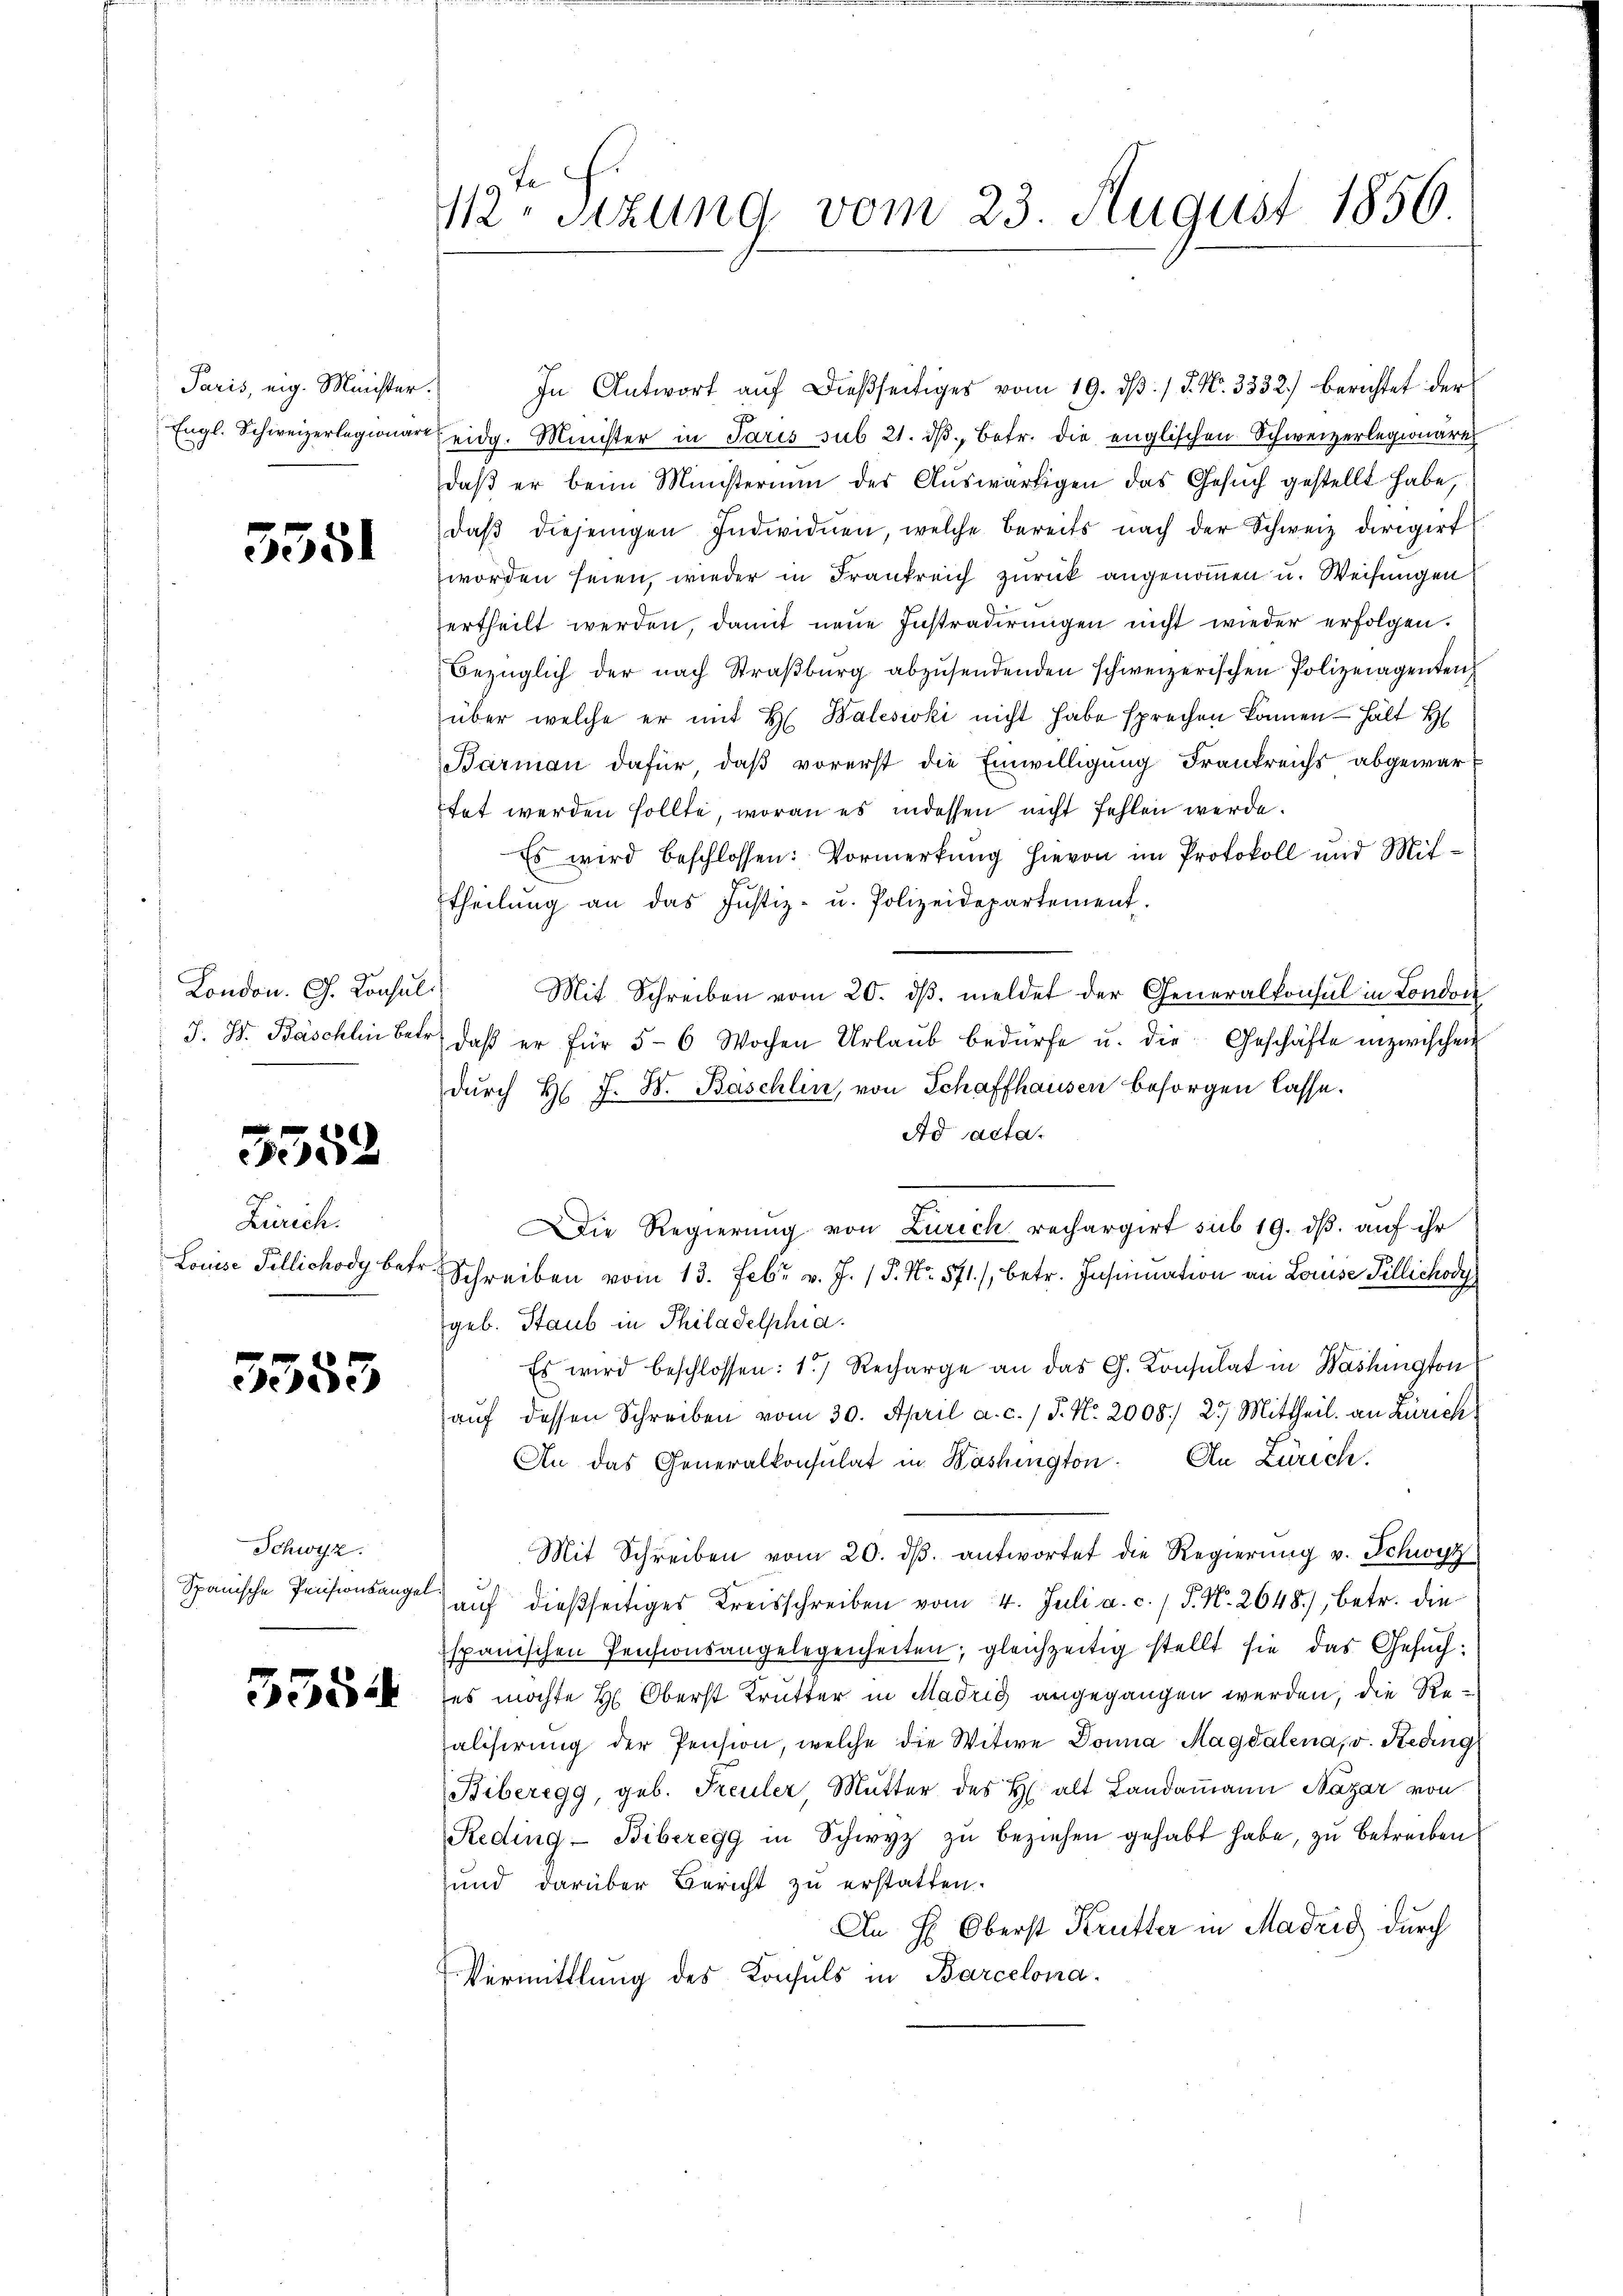
Paris, eig. Minister
Engl. Schweizerlegionare

5551

London. G. Konsul
J. H. Baschlin betr.

5552

Linrich.
Louise Tillichody betr.

3353

Schwyz.
Spanische Pensionsangel

358.

t
12. Sitzung vom 23. August 1856

In Antwort aŭf dießseitiges vom 19. dβ / 5. No. 3332) berichtet der
eidg. Minister in Paris sub 21. dβ betr. die englischen Schweizerlegionare
daβ er beim Ministerium des Aŭswärtigen das Gesŭch gestellt habe,
daβ diejenigen Individuen, welche bereits nach der Schweiz dirigirt
worden seien, wieder in Frankreich zurück angenommen u. Weisungen
ertheilt werden, damit neue Instradirungen nicht wieder erfolgen.
Bezüglich der nach Straßburg abzusendenden schweizerischen Polizeiagenten
über welche er mit H. Balesioki nicht habe sprechen können — hält H
Barman dafür, daß vorerst die Einwilligung Frankreichs abgewart
tet werden sollte, woran es indessen nicht fehlen werde.
Es wird beschlossen: Vormerkung hievon im Protokoll und Mittheilŭng an das Justiz- u. Polizeidepartement.
Mit Schreiben vom 20. dβ. meldet der Generalkonsul in London
daβ er für 5-6 Wochen Urlaŭb bedürfe u. die Geschäfte inzwischen
durch H. J. B. Baschlin, von Schaffhausen besorgen lasse.
Ad acta.
Die Regierung von Zürich rechargirt sub 19. dβ. auf ihr
Schreiben vom 13. Febr. v. J. P. Nr. 571./, betr. Insumation an Louise Tillichody
geb. Staub in Philadelphia
Es wird beschlossen: 1.) Recharge an das G. Konsulat in Washington
aŭf dessen Schreiben vom 30. April a. c. / P. Nr. 2008. 23. Mittheil an Zürich
An das Generalkonsulat in Washington. An Zürich.
Mit Schreiben vom 20. dβ antwortet die Regierung v. Schwyz
aŭf dießseitiges Kreisschreiben vom 4. Juli a. c. / P. N. 2648), betr. die
spanischen Pensionsangelegenheiten; gleichzeitig stellt sie das Gesuches möchte H. Oberst Trutter in Madrig angegangen werden, die Realisirung der Pension, welche die Witwe Donna Magdalena, v. Reding
Biberegg, geb. Freuler Mutter des H. alt Landammann Bazar von
Reding-Biberegg in Schwyz zŭ beziehen gehabt habe, zŭ betreiben
und darüber Bericht zu erstatten.
An H: Oberst Krütter in Madrid durch
Vermittlung des Konsuls in Barcelona¬